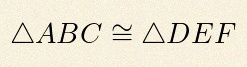
\triangle ABC\cong\triangle DEF